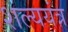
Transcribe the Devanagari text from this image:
शल्ययंत्र